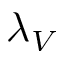
\lambda _ { V }